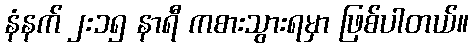
နံနက် ၂း၁၅ နာရီ ကစားသွားရမှာ ဖြစ်ပါတယ်။